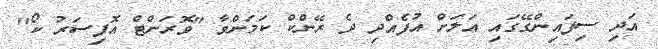
އަދި ސިފައިންގޭގައި އަލަށް އުފެއްދި ދެ ރޭންކް ކަމަށްވާ "ވޮރަންޓް އޮފިސަރު ކޯ"